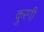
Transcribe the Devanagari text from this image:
कुरगी